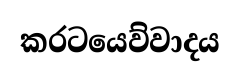
කරටයෙව්වාදය